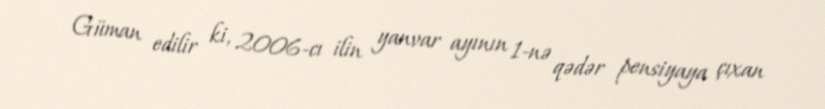
Güman edilir ki, 2006-cı ilin yanvar ayının 1-nə qədər pensiyaya çıxan